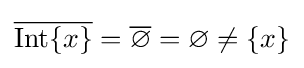
{\overline {\operatorname {Int} \{x\}}}={\overline {\varnothing }}=\varnothing \neq \{x\}